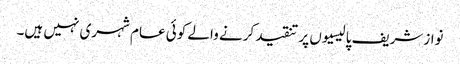
نوازشریف پالیسیوں پر تنقید کرنے والے کوئی عام شہری نہیں ہیں۔